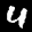
Label: 4